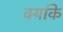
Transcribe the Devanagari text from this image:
क्यिंकि